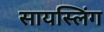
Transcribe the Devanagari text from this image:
सायस्लिंग